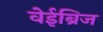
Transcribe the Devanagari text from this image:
वेईब्रिज